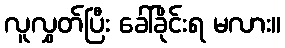
လူလွှတ်ပြီး ခေါ်ခိုင်းရ မလား။